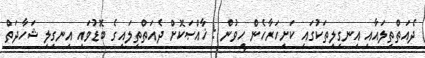
ދެއަތްތިލައާއި އިނގިލިތަކުގައި ކަށިހަރާހެން ހީވުން : ޚާއްޞަކޮށް ދެއަތްތިލައިގެ ބޮޑުވައި އިނގިލި ޝަހާދަތް